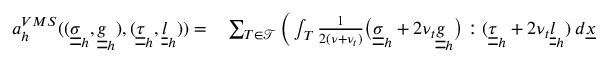
\begin{array} { r l } { a _ { h } ^ { V M S } ( ( \underline { { \underline { { \sigma } } } } _ { h } , \underline { { \underline { { g } } } } _ { h } ) , ( \underline { { \underline { { \tau } } } } _ { h } , \underline { { \underline { { l } } } } _ { h } ) ) = } & { { } \sum _ { T \in \mathcal { T } } \bigg ( \int _ { T } \frac { 1 } { 2 ( \nu + \nu _ { t } ) } \big ( \underline { { \underline { { \sigma } } } } _ { h } + 2 \nu _ { t } \underline { { \underline { { g } } } } _ { h } \big ) : ( \underline { { \underline { { \tau } } } } _ { h } + 2 \nu _ { t } \underline { { \underline { { l } } } } _ { h } ) \: d \underline { { x } } } \end{array}